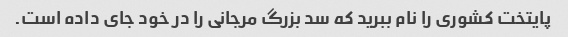
پایتخت کشوری را نام ببرید که سد بزرگ مرجانی را در خود جای داده است.